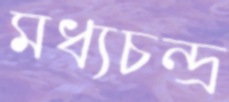
মধ্যচন্দ্র